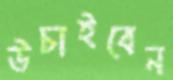
উচাইবেন